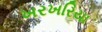
ખરખરિયા